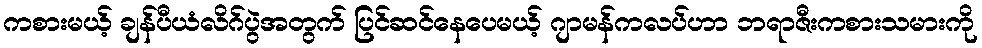
ကစားမယ့် ချန်ပီယံလိဂ်ပွဲအတွက် ပြင်ဆင်နေပေမယ့် ဂျာမန်ကလပ်ဟာ ဘရာဇီးကစားသမားကို